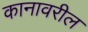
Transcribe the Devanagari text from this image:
कानावरील